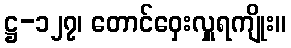
ဋ္ဌ-၁၂၇၊ တောင်ဝှေးလှူရကျိုး။